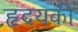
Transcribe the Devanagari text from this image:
हृदयकी